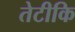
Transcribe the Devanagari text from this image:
तेटीकि